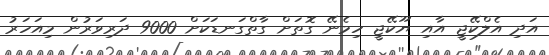
އަދި އެލްކޭޖީ އާއި ޔޫކޭޖީ ހިމެނޭ ގޮތަށް ގާތްގަނޑަކަށް 9000 ދަރިވަރުން މިއަހަރު